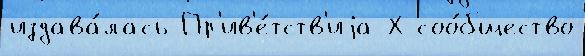
издава́лась Пр'ив'е́тств'иjа Х соо́бщество